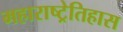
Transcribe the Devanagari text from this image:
महाराष्ट्रेतिहास